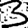
Digit: 3